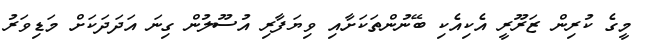
މީގެ ކުރިން ޒަަރޫރީ އެކިއެކި ބޭނުންތަކަށާއި ވިޔަފާރި އުސޫލުން ގިނަ އަދަދަކަށް މަޑިވަރު